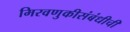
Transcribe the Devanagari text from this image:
मिरवणुकीसंबंधीची